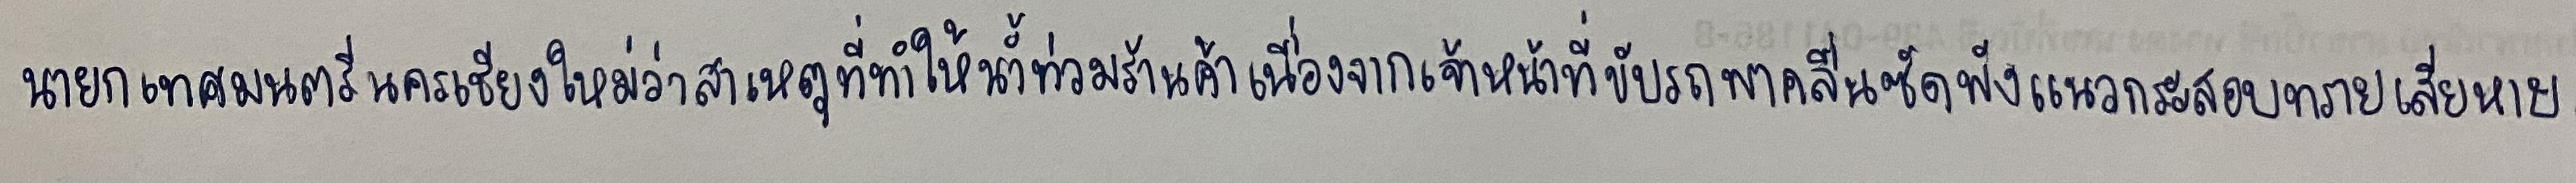
นายกเทศมนตรีนครเชียงใหม่ว่าสาเหตุที่ทำให้น้ำท่วมร้านค้าเนื่องจากเจ้าหน้าที่ขับรถพาคลื่นซัดพังแนวกระสอบทรายเสียหาย